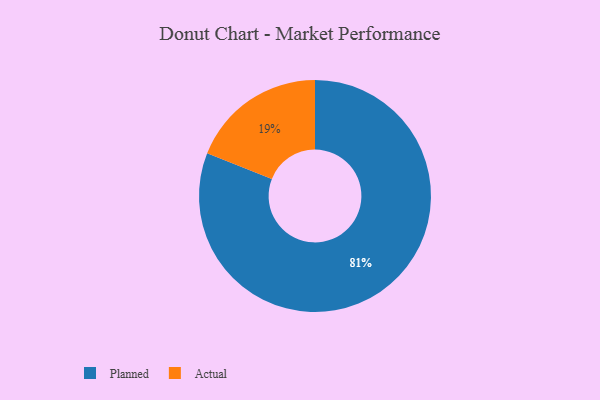
{"axis": {"x": "Category", "y": "Percentage"}, "legend": ["Actual", "Planned"], "data": [{"x": "Planned", "y": 81, "type": "Planned"}, {"x": "Actual", "y": 19, "type": "Actual"}]}